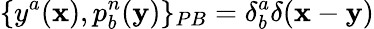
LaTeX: \{ y^{a}({\mathbf x}),p_{b}^{n}({\mathbf y})\} _{PB}=\delta_{b}^{a}\delta({\mathbf x}-{\mathbf y})